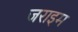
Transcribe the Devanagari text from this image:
जराइम